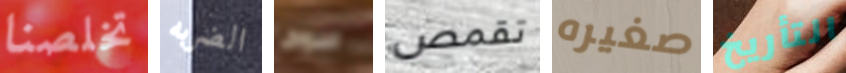
تخلصنا الضربه سوف تقمص صغيره التأريخ